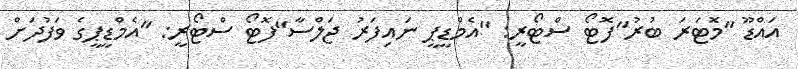
އައްޑޫ "މޮޓަރަ ބުރު"ފޮޓޯ ސްޓޯރީ: "އެމްޑީޕީ ނައިފަރު ޖަލްސާ"ފޮޓޯ ސްޓޯރީ: "އެމްޑީޕީގެ ވަފުދަށް